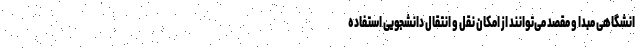
انشگاهی مبدا و مقصد می‌توانند از امکان نقل و انتقال دانشجویی استفاده